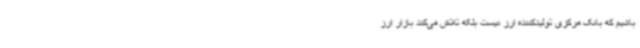
باشیم که بانک مرکزی تولیدکننده ارز نیست بلکه تلاش می‌کند بازار ارز